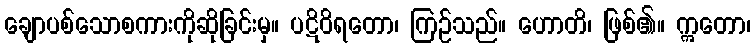
ချောပစ်သောစကားကိုဆိုခြင်းမှ။ ပဋိဝိရတော၊ ကြဉ်သည်။ ဟောတိ၊ ဖြစ်၏။ ဣတော၊